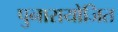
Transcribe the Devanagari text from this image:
पुनारायोजित